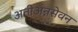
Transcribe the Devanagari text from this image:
अतीअन्नसेवन